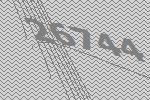
26744